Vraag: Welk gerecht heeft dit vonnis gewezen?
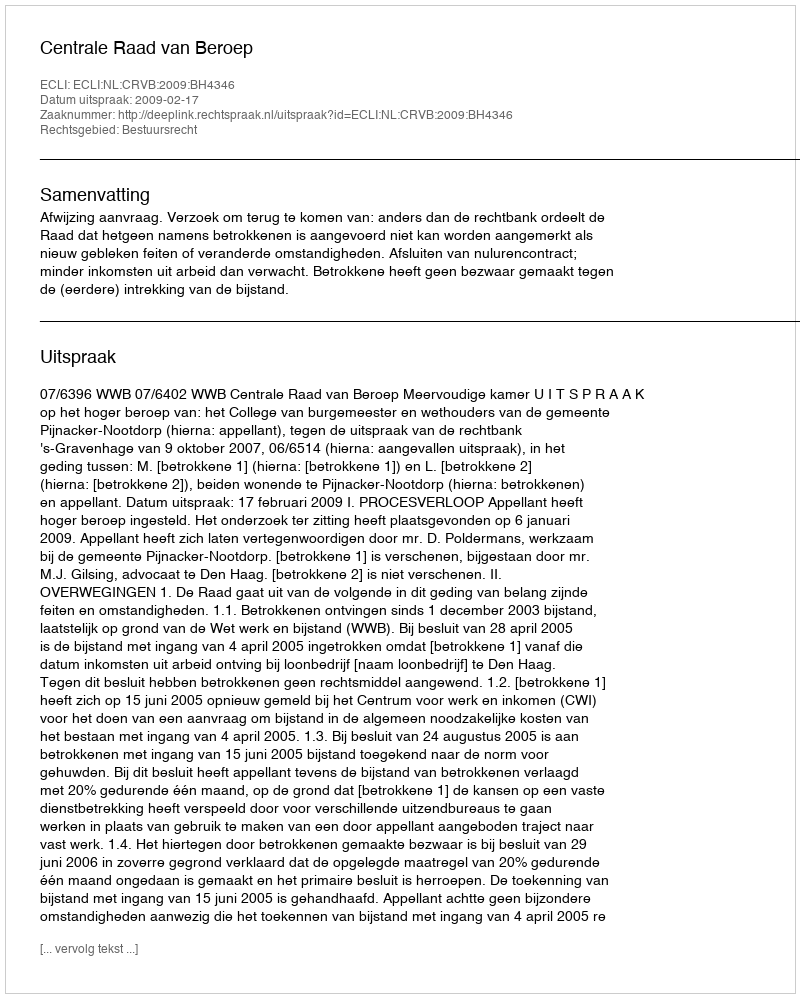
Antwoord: Centrale Raad van Beroep